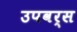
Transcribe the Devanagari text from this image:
उपवर्स